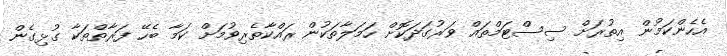
އެހެންކަމުން އިތުުރަށް ސިސްޓަމްތައް ވަރުގަދަކޮށް ހަމަލާތަކުން ރައްކާތެރިވުމަށް ކަމާ ބެހޭ ފަރާތްތަކާ ގުޅިގެން